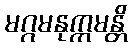
မဂ္ဂမနုက္ကမန္တိ